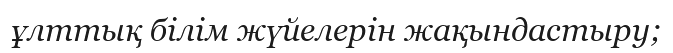
ұлттық білім жүйелерін жақындастыру;